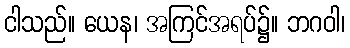
ငါသည်။ ယေန၊ အကြင်အရပ်၌။ ဘဂဝါ၊